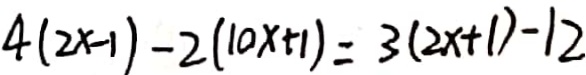
4 ( 2 x - 1 ) - 2 ( 1 0 x + 1 ) = 3 ( 2 x + 1 ) - 1 2